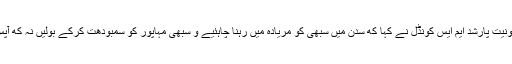
بھوجن کے بعد منونیت پارشد ایم ایس کونڈل نے کہا که سدن میں سبھی کو مریادہ میں رہنا چاہئیے و سبھی مہاپور کو سمبودھت کرکے بولیں نہ که آپس میں بحث کریں۔